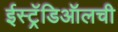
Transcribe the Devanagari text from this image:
ईस्ट्रॅडिऑलची